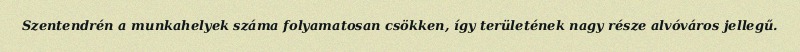
Szentendrén a munkahelyek száma folyamatosan csökken, így területének nagy része alvóváros jellegű.